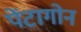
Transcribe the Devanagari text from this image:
पेंटागोन